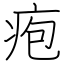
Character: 疱